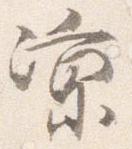
凉